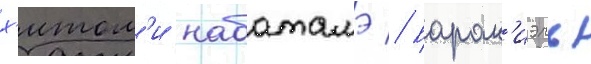
х'итом'и набатамэ // Барак'иэль